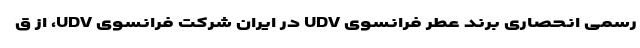
رسمی انحصاری برند عطر فرانسوی UDV در ایران شرکت فرانسوی UDV، از ق